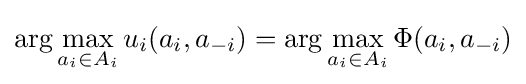
\arg \max _{a_{i}\in A_{i}}u_{i}(a_{i},a_{-i})=\arg \max _{a_{i}\in A_{i}}\Phi (a_{i},a_{-i})